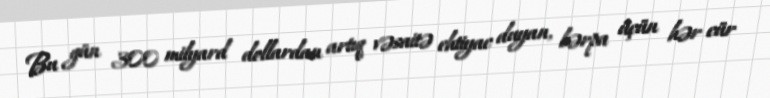
Bu gün 300 milyard dollardan artıq vəsaitə ehtiyac duyan, bərpa üçün hər cür